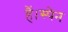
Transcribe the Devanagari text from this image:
हैं।स्पेन